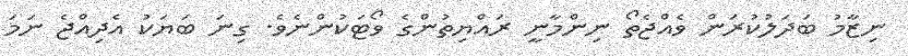
ނިޒާމު ބަދަލުކުރަން ވެއްޖެތޯ ނިންމާނީ ރައްޔިތުންގެ ވޯޓަކުންނެވެ. ގިނަ ބަޔަކު އެދިއްޖެ ނަމަ